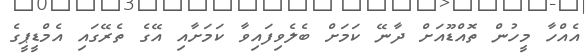
އެއްހާ މީހުން ތޮއްޑޫއަށް ދާނޭ ކަމަށް ބެލެވިފައިވާ ކަމަށާއި އޭގެ ތެރޭގައި އެމްޑީޕީގެ